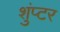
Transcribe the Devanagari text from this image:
शुंप्टर